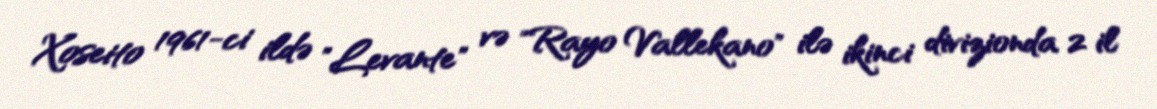
Xoseito 1961-ci ildə "Levante" və "Rayo Vallekano" ilə ikinci divizionda 2 il